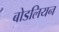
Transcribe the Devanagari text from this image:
बोडलियन